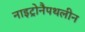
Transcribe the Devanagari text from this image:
नाइट्रोनैपथलीन